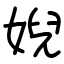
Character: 婗